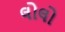
લોલો